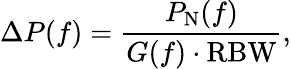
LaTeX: \Delta P(f)=\frac{P_{\mathrm{N}}(f)}{G(f)\cdot\mathrm{RBW}},